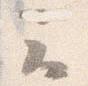
云